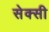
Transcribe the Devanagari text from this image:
सेक्‍सी